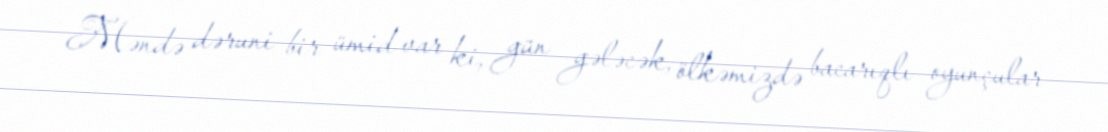
Məndə dəruni bir ümid var ki, gün gələcək, ölkəmizdə bacarıqlı oyunçular